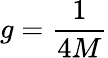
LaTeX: g={\frac{1}{4M}}